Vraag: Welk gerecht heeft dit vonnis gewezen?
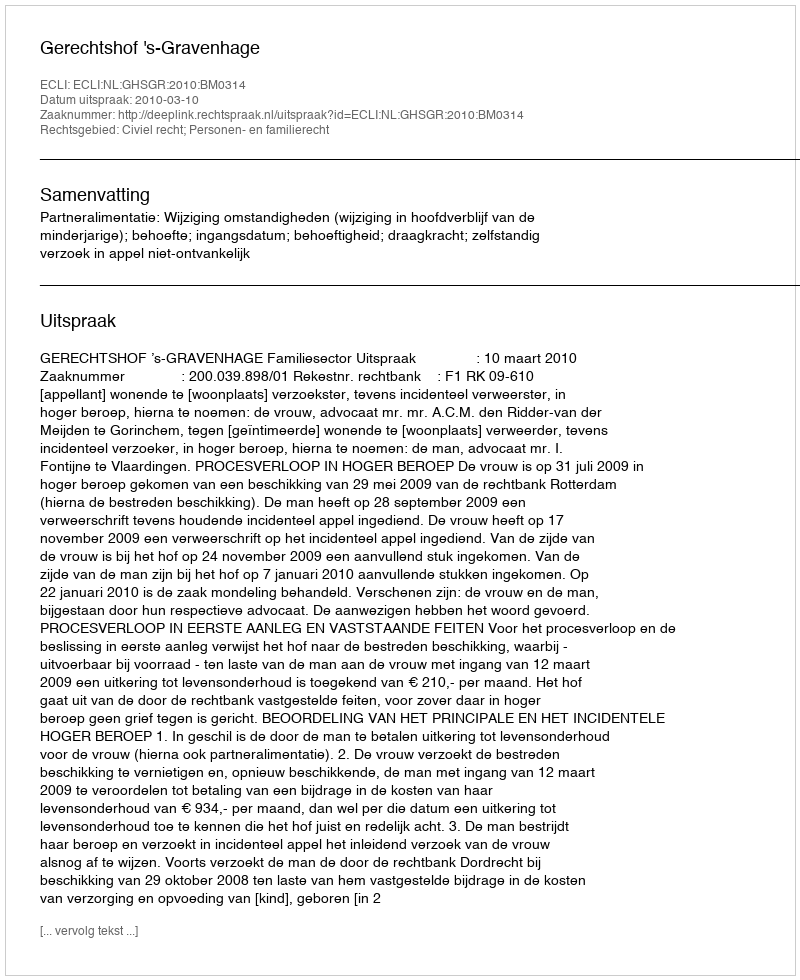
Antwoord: Gerechtshof 's-Gravenhage